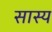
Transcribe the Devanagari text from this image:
सास्य